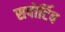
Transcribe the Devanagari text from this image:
सपोर्टिव